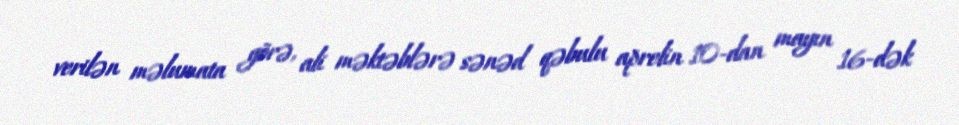
verilən məlumata görə, ali məktəblərə sənəd qəbulu aprelin 10-dan mayın 16-dək